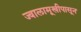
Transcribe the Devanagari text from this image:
ज्वालामूखीपासून